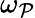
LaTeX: \omega_{\mathcal{P}}